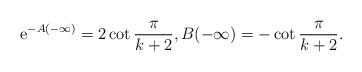
LaTeX: \begin{align*}{\rm e}^{-A(-\infty)} = 2 \cot \frac{\pi}{k+2}, B(-\infty) = -\cot \frac{\pi}{k+2}.\end{align*}